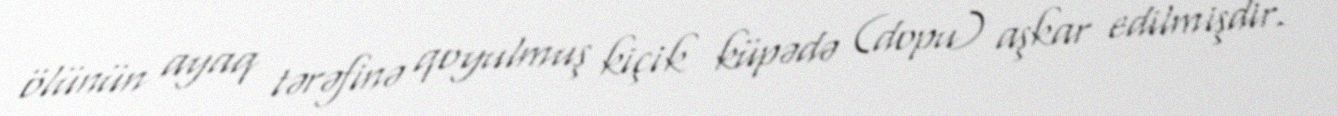
ölünün ayaq tərəfinə qoyulmuş kiçik küpədə (dopu) aşkar edilmişdir.